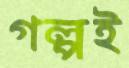
গল্পই